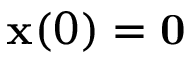
\mathbf { x } ( 0 ) = \mathbf { 0 }